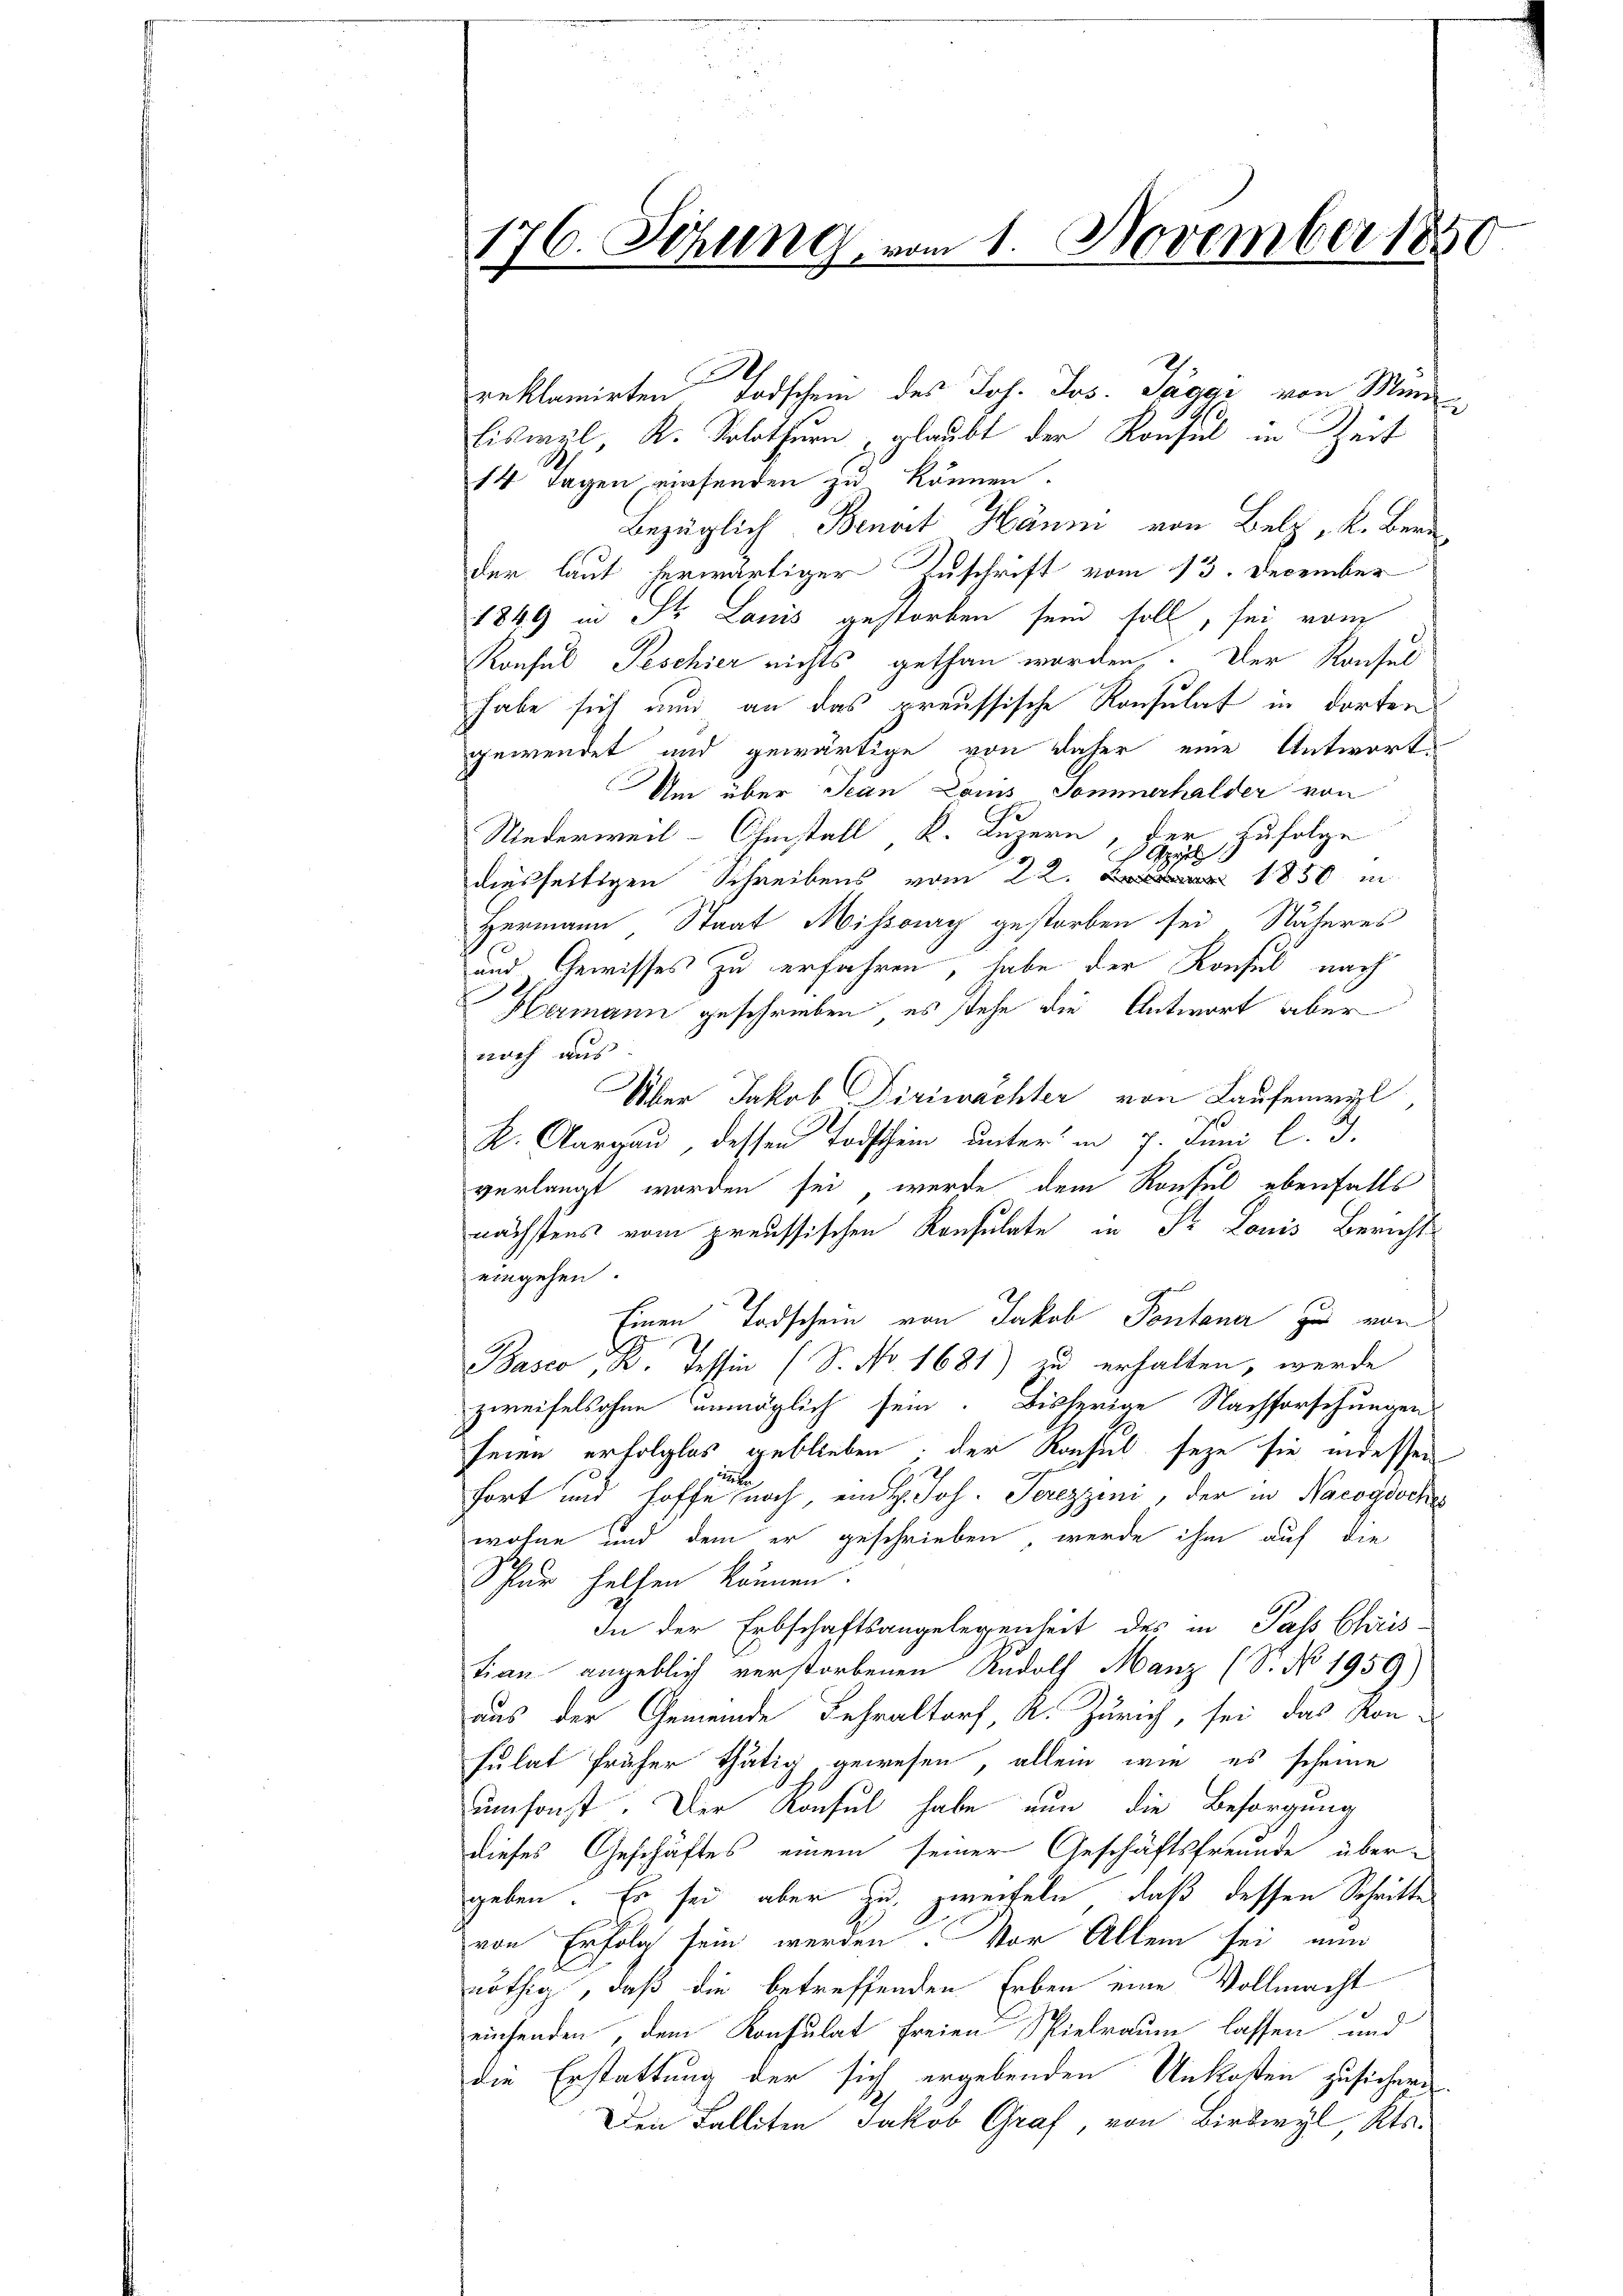
176. Sitzung, vom 1. November 1850

reklamirten Todschein des Joh. Jos. Pagar von Men
Eiswyl, K. Solothurn glaubt der Konsul in Zeit
14 Tagen werfenden zu können.
Bezüglich Benart Härm von Belz, k. Bern
der laut herwärtiger Zuschrift vom 13. December
1849 in St. Louis gestorben sein soll, sei vom
Konsul Peschier nichts gethan worden. Der Konsel
habe sich nun an das preussische Konsulat in dorten
gewendet und gewärtige von daher eine Antwort¬
Um über Jean Lois Sommerhalder von
Niederweil–Chmstall K. Luzern, der zufolge
April
diesseitigen Schreibens vom 22. 1850 in
Hermann Staat Missony gestorben sei, Näheres
und Gewisses zu erfahren, habe der Konsul nach
Hermann geschrieben, es stehe die Antwort aber
noch aus
Über Jakob Diriwächter von Laufenwyl
K. Aargau, dessen Todschein unter in 7. Juni l. J.
verlangt worden sei, werde dem Konsul ebenfalls
nächstens vom preussischen Konsulate in Fr. Louis Berichts
eingehen
t
Einen Todschein von Jakob Pontana zu von
Basco, B. Tessin (S. No 1681) zu erhalten, werde
zweifelsohne unmöglich sein. Bisherige Nachforschungen
seien erfolglos geblieben, der Konsul seze sie indessen
h
fort und hoffe noch ein H. Joh. Serezzini, der in Nacogische
wohne und dem er geschrieben, werde ihm auf die
Schur helfen können.
In der Erbschaftsangelegenheit des in Paß Chris-
tian angeblich verstorbenen Rudolf Manz (Dr. No 1959)
aus der Gemeinde Fehraltorf A. Zürich, sei das Kon-
sulat früher thätig gewesen, allein wie es scheine
umsonst. Der Konsul habe nun die Besorgung
dieses Geschäftes einem seiner Geschäftsfreunde übergeben. Es sei aber du, zweifeln, daß dessen Schritte
von Erfolg sein werden. Vor Allem sei nun
nöthig, daß die betreffenden Erben eine Vollmacht
einsenden, dem Konsulat freien Spielraum lassen und
die Erstattung der sich ergebenden Unkosten zusichern
Den Falliten Jakob Graf von Birswyl Kts.